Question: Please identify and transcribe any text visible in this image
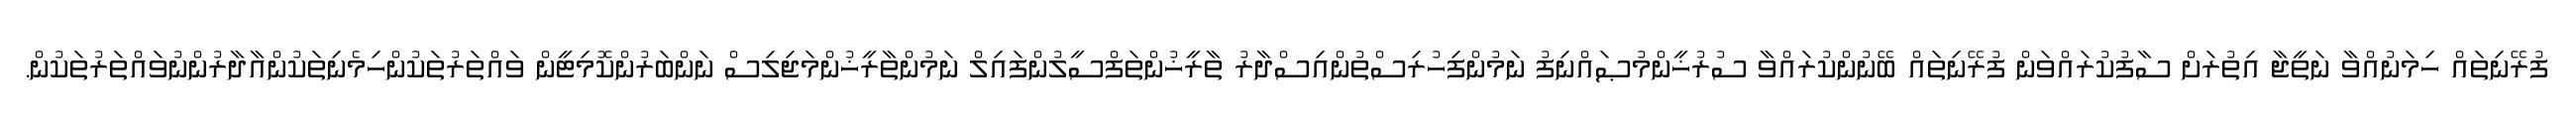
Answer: ފުރޭނިތައް ހިމަނުއްވާ ނަތީޖާ އިތުރަށް ސާފުކުރައްވަން ފުރޭނިތައް ބޭނުންކުރައްވާ ސުރުޚީންމުޞައްނިފު ނަމުންފިހުރިސްތުންއިސްދާރު ތާރީޚުންތަފްސީލުންފައިލް ނަމުންތާރީޚުންމަޖިލިސް ނަންބަރުންކޮމިޓީން ވައްތަރުތަކުންހިމެނިތަކުންއާދާރުންނުވައްތަރުތަކުން.